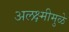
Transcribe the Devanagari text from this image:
अलक्ष्मीमुळे